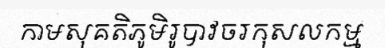
កាមសុគតិភូមិរូបាវចរកុសលកម្ម